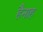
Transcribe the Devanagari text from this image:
हैनाह